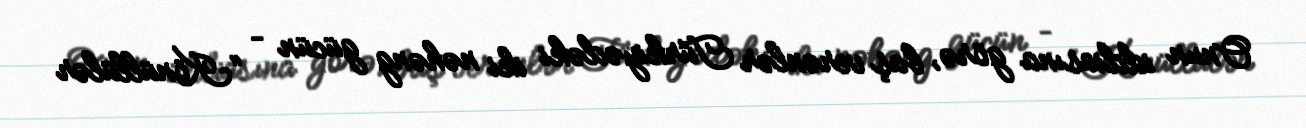
Onun iddiasına görə, baş verənlər Türkiyədəki iki nəhəng gücün – “Könüllülər